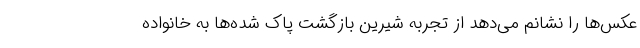
عکس‌ها را نشانم می‌دهد از تجربه شیرین بازگشت پاک شده‌ها به خانواده